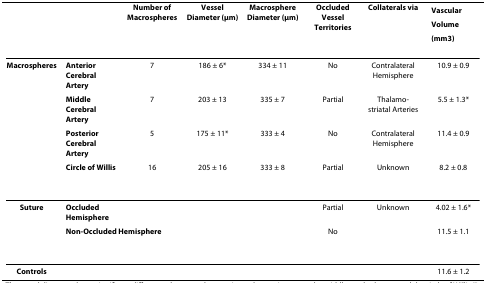
|  |  | Number of Macrospheres | Vessel Diameter (μm) | Macrosphere Diameter (μm) | Occluded Vessel Territories | Collaterals via | Vascular Volume (mm3) |
 | --- | --- | --- | --- | --- | --- | --- | --- |
 | Macrospheres | Anterior Cerebral Artery | 7 | 186 ± 6* | 334 ± 11 | No | Contralateral Hemisphere | 10.9 ± 0.9 |
 |  | Middle Cerebral Artery | 7 | 203 ± 13 | 335 ± 7 | Partial | Thalamo-striatal Arteries | 5.5 ± 1.3* |
 |  | Posterior Cerebral Artery | 5 | 175 ± 11* | 333 ± 4 | No | Contralateral Hemisphere | 11.4 ± 0.9 |
 |  | Circle of Willis | 16 | 205 ± 16 | 333 ± 8 | Partial | Unknown | 8.2 ± 0.8 |
 | Suture | Occluded Hemisphere |  |  |  | Partial | Unknown | 4.02 ± 1.6* |
 |  | <COLSPAN=2> Non-Occluded Hemisphere |  |  | No |  | 11.5 ± 1.1 |
 | Controls |  |  |  |  |  |  | 11.6 ± 1.2 |